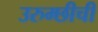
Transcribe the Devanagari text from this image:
उरुम्छीची